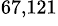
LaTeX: ^\mathrm{67,121}